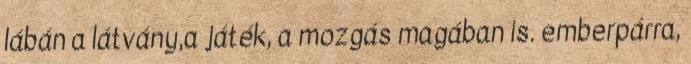
lábán a látvány,a játék, a mozgás magában is. emberpárra,